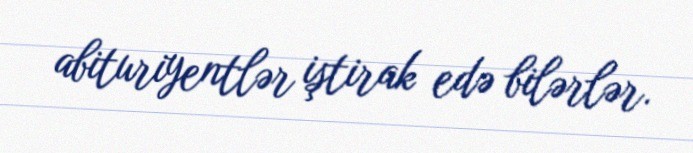
abituriyentlər iştirak edə bilərlər.